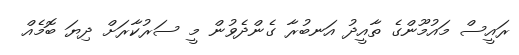
ރައީސް މައުމޫންގެ ތާއީދު އަނބުރާ ގެންދެވުން މީ ސަރުކާރަށް ދިޔަ ބޮމެއް